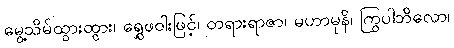
မွေ့သိမ်ထွားထွား၊ ရွှေဖဝါးဖြင့်၊ တရားရာဇာ၊ မဟာမုနိ၊ ကြွပါဘိလော၊